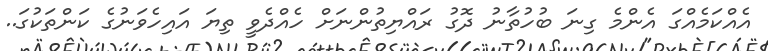
އެއްކަމެއްގަ އެންމެ ގިނަ ބުހުތާނު ދޮގު ރައްޔިތުންނަށް ހެއްދެވީ ތިޔަ އައިހެވަނުގެ ކަންތަކުގަ..